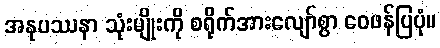
အနုပဿနာ သုံးမျိုးကို စရိုက်အားလျော်စွာ ဝေဖန်ပြပုံ။